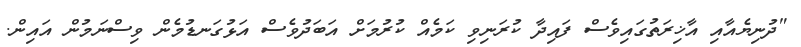
"ދުނިޔެއާއި އާޚިރަތުގައިވެސް ފައިދާ ކުރަނިވި ކަމެއް ކުރުމަށް އަބަދުވެސް އަޅުގަނޑުމެން ވިސްނަމުން އައިން.